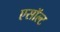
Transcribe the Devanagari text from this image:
एसॉल्ट